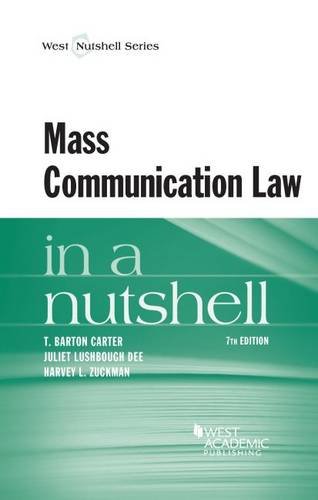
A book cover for Mass Communication Law in a Nutshell; T. Carter; Law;